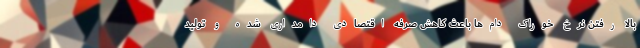
بالا رفتن نرخ خوراک دام‌ها باعث کاهش صرفه اقتصادی دامداری شده و تولید